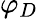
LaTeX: \varphi_{D}